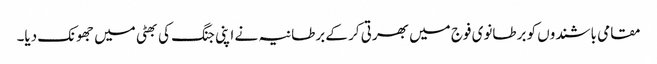
مقامی باشندوں کو برطانوی فوج میں بھرتی کر کے برطانیہ نے اپنی جنگ کی بھٹی میں جھونک دیا۔